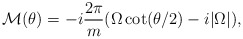
\begin{align*}{\cal M}(\theta) = -i\frac{2\pi}{m} (\Omega \cot(\theta/2)- i |\Omega|),\end{align*}